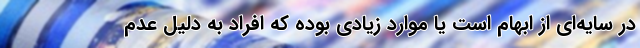
در سایه‌ای از ابهام است یا موارد زیادی بوده که افراد به دلیل عدم